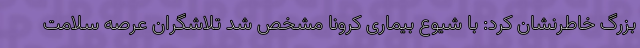
بزرگ خاطرنشان کرد: با شیوع بیماری کرونا مشخص شد تلاشگران عرصه سلامت